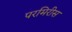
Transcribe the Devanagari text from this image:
परमिरीस